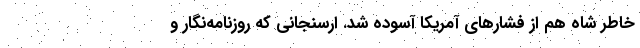
خاطر شاه هم از فشارهای آمریکا آسوده شد. ارسنجانی که روزنامه‌نگار و